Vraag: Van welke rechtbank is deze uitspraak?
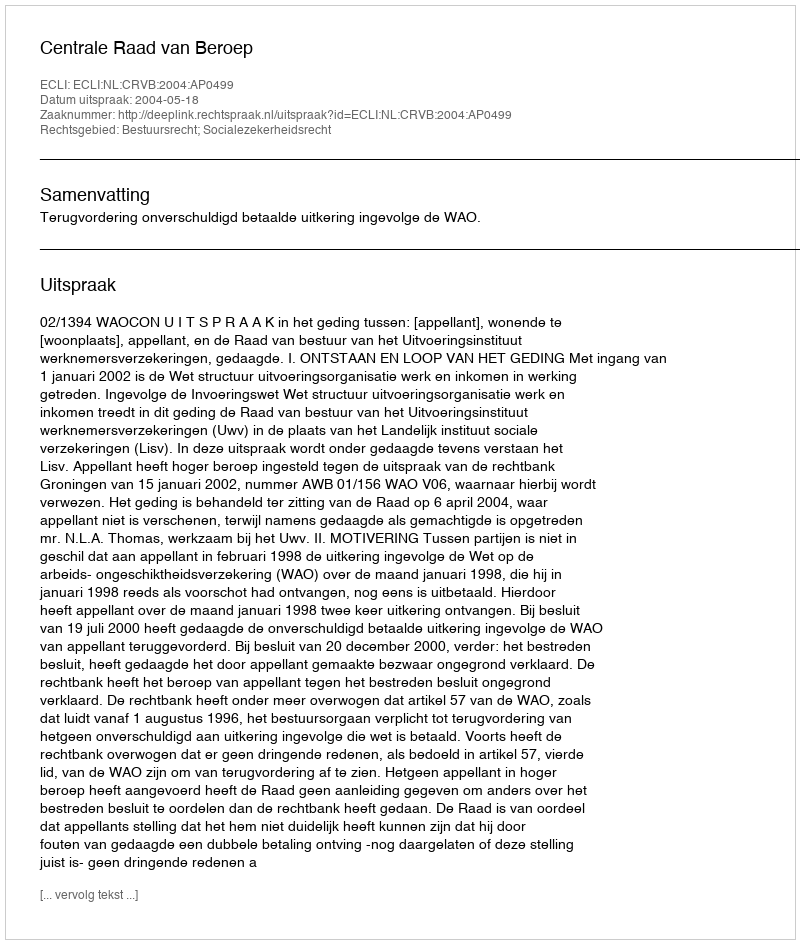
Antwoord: Centrale Raad van Beroep